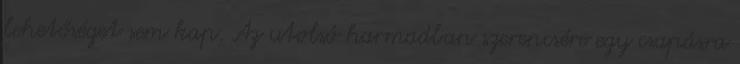
lehetőséget sem kap. Az utolsó harmadban szerencsére egy csapásra